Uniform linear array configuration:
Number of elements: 16
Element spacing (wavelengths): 0.75
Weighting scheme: exponential
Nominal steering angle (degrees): -15
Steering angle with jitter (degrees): -13.762
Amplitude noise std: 0.05
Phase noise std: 0.05

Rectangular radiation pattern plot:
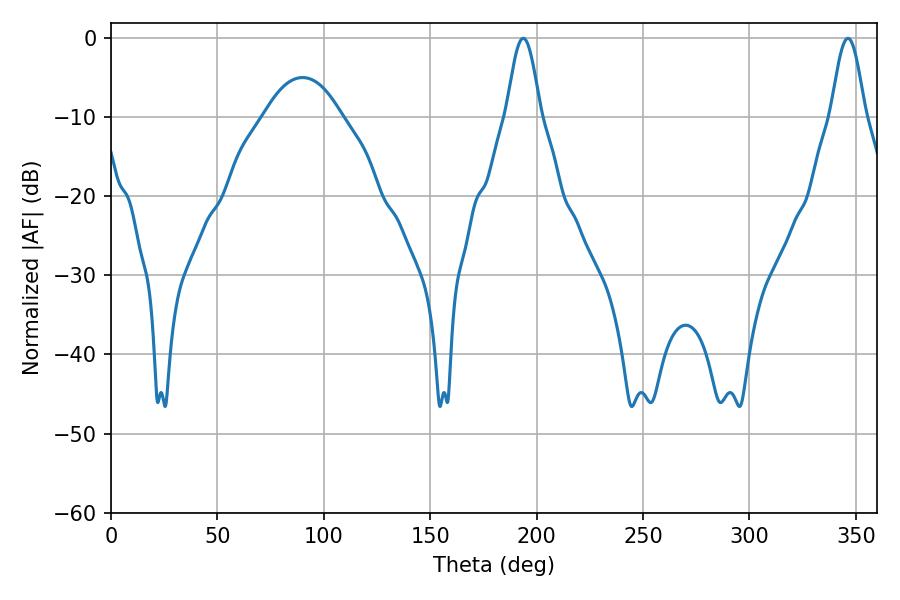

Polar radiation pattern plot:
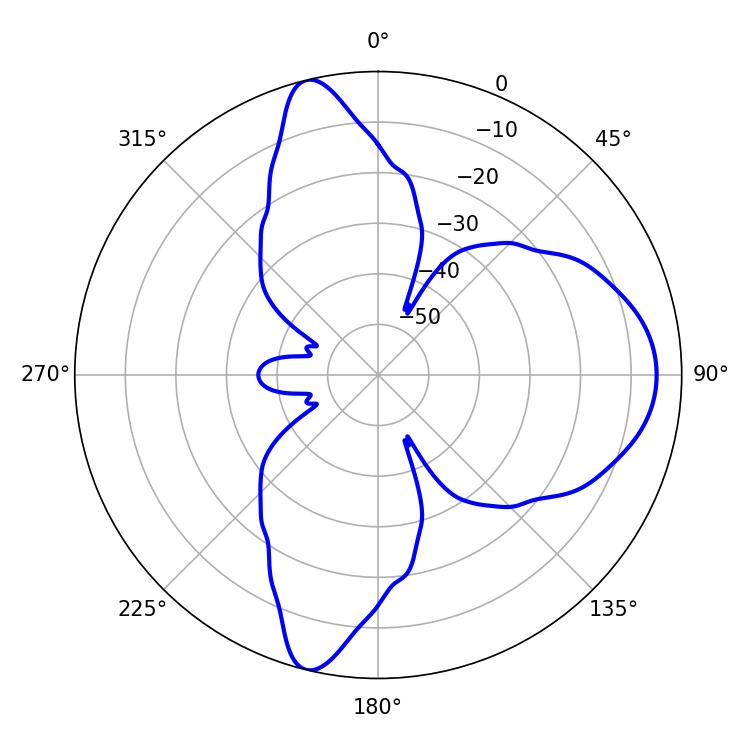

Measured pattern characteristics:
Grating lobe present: TRUE
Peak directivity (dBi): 13.262
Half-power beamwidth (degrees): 8.46
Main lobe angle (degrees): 193.68